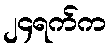
၂၄ရက်က